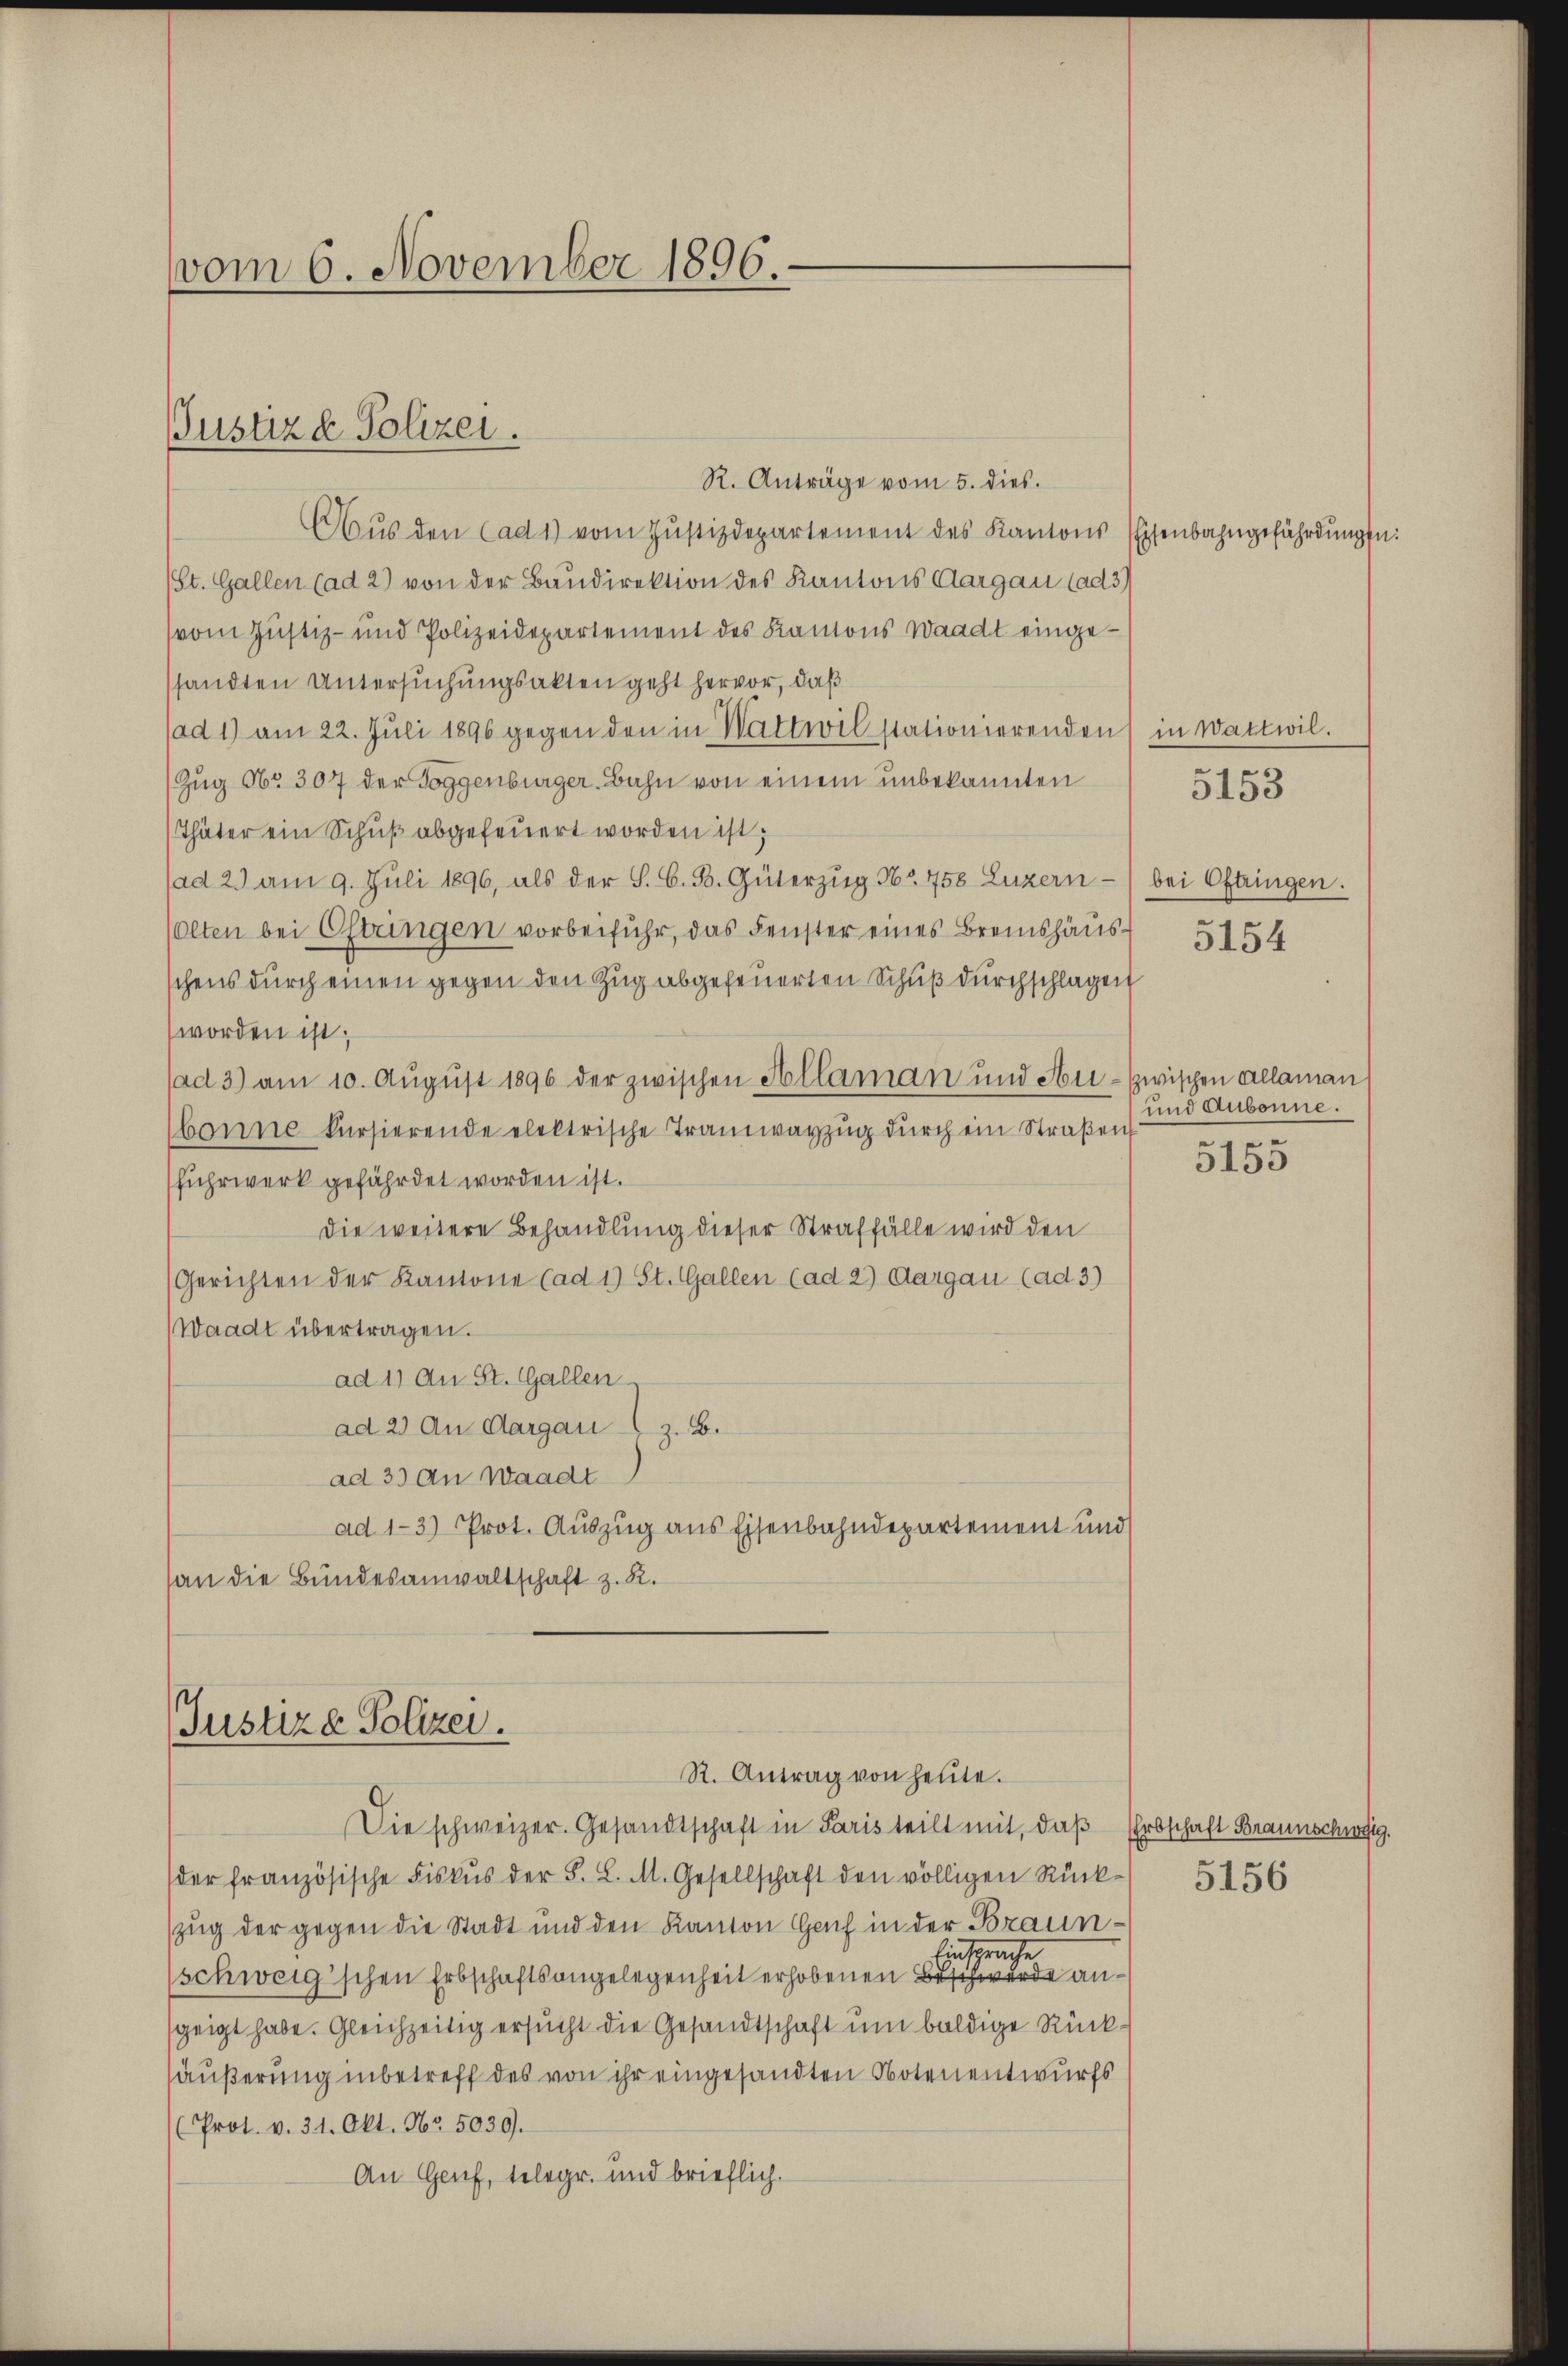
vom 6. November 1896.

R. Anträge vom 5. dies.
Aus den (ad 1) vom Justizdepartement des Kantons
(St. Gallen (ad 2) von der Baudirektion des Kantons Aargau (ad 3)
vom Justiz- und Polizeidepartement des Kantons Waadt eingessandten Untersuchungsakten geht hervor, daß
(ad 1) am 22. Juli 1896 gegen den in Wattwil stationierenden
Zug No 307 der Toggenburger Bahn von einem unbekannten
Thäter ein Schuß abgefeuert worden ist;
(ad 2. am 9. Juli 1896, als der S. G. B. Güterzŭg Nr. 758 Luzern
olten bei Oftringen vorbeiführ, das Fenster eines Bremshäusschens durch einen gegen den Zug abgefeuerten Schuß durchschlagen
worden ist;
ad 3) am 10. August 1896 der zwischen Kollaman und Neubonne kursierende elektrische Tramwayzŭg dŭrch ein Straßen
Fuhrwerk gefährdet worden ist.
Die weitere Behandlung dieser Straffälle wird den
Gerichten der Kantone (ad 1) St. Gallen (ad 2) Aargau (ad 3)
Waadt übertragen.
ad 11 An St. Gallen
ad 2) An Aargau (z. B.
ad 33 An Waadt
ad 1-3) Prot. Auszug aus Eisenbahndepartement und
an die Bundesanwaltschaft z. R.

Justizd Polizei.

Justiz & Polizei.
R. Antrag von heute.

Die schweizer. Gesandtschaft in Paris teilt mit, daß Erbschaft Braunschweig.
der französische Fiskus der S. L. M. Gesellschaft den völligen Rück-
zug der gegen die Stadt und den Kanton Gach in der Braun¬
Einsprache
(schweig'schen Erbschaftsangelegenheit erhobenen Beschwerde anzeigt habe. Gleichzeitig ersucht die Gesandtschaft um baldige Rückhäußerung inbetreff des von ihr eingesandten Notenentwurfs
Prot. v. 31. Okt. Nr. 5039.
An Genf, telegr. und brieflich.

isenbahngefährdungen:

in Wattwil.
5153

bei Oftringen.
5154

zwischen Allaman
und Aubonne.
5155

5156